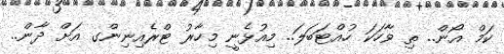
ކަމް އޯން.. ތި ވާހަކަ ހުއްޓަބަލަ.. މިއުޅެނީ މިހާރު ޓްރެއިނިންގ އަށް ދާން..